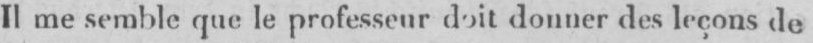
Il me semble que le professeur doit donner des leçons de